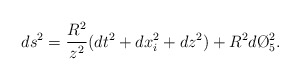
\begin{align*}ds^2={R^2\over z^2}(dt^2+dx_i^2+dz^2)+R^2d\O_5^2.\end{align*}